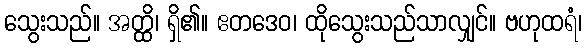
သွေးသည်။ အတ္ထိ၊ ရှိ၏။ ဧတဒေဝ၊ ထိုသွေးသည်သာလျှင်။ ဗဟုထရံ၊